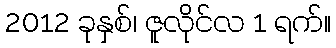
2012 ခုနှစ်၊ ဇူလိုင်လ 1 ရက်။